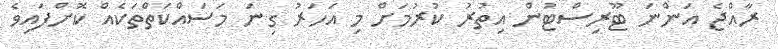
ރާއްޖެ އަންނަ ޓޫރިސްޓުން އިތުރު ކުރުމަށް މި އަހަރު ގިނަ މަސައްކަތްތަކެއް ކޮށްފައިވެ